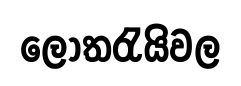
ලොතරැයිවල